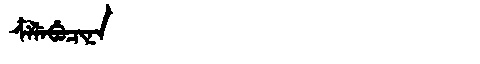
Manchu: ᠴᠶᠯᡝᠪᡠᠴᡳᠨᠠ
Romanization: CYLEBUCINA